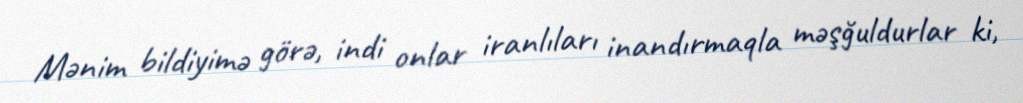
Mənim bildiyimə görə, indi onlar iranlıları inandırmaqla məşğuldurlar ki,